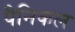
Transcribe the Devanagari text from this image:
पैनिकल